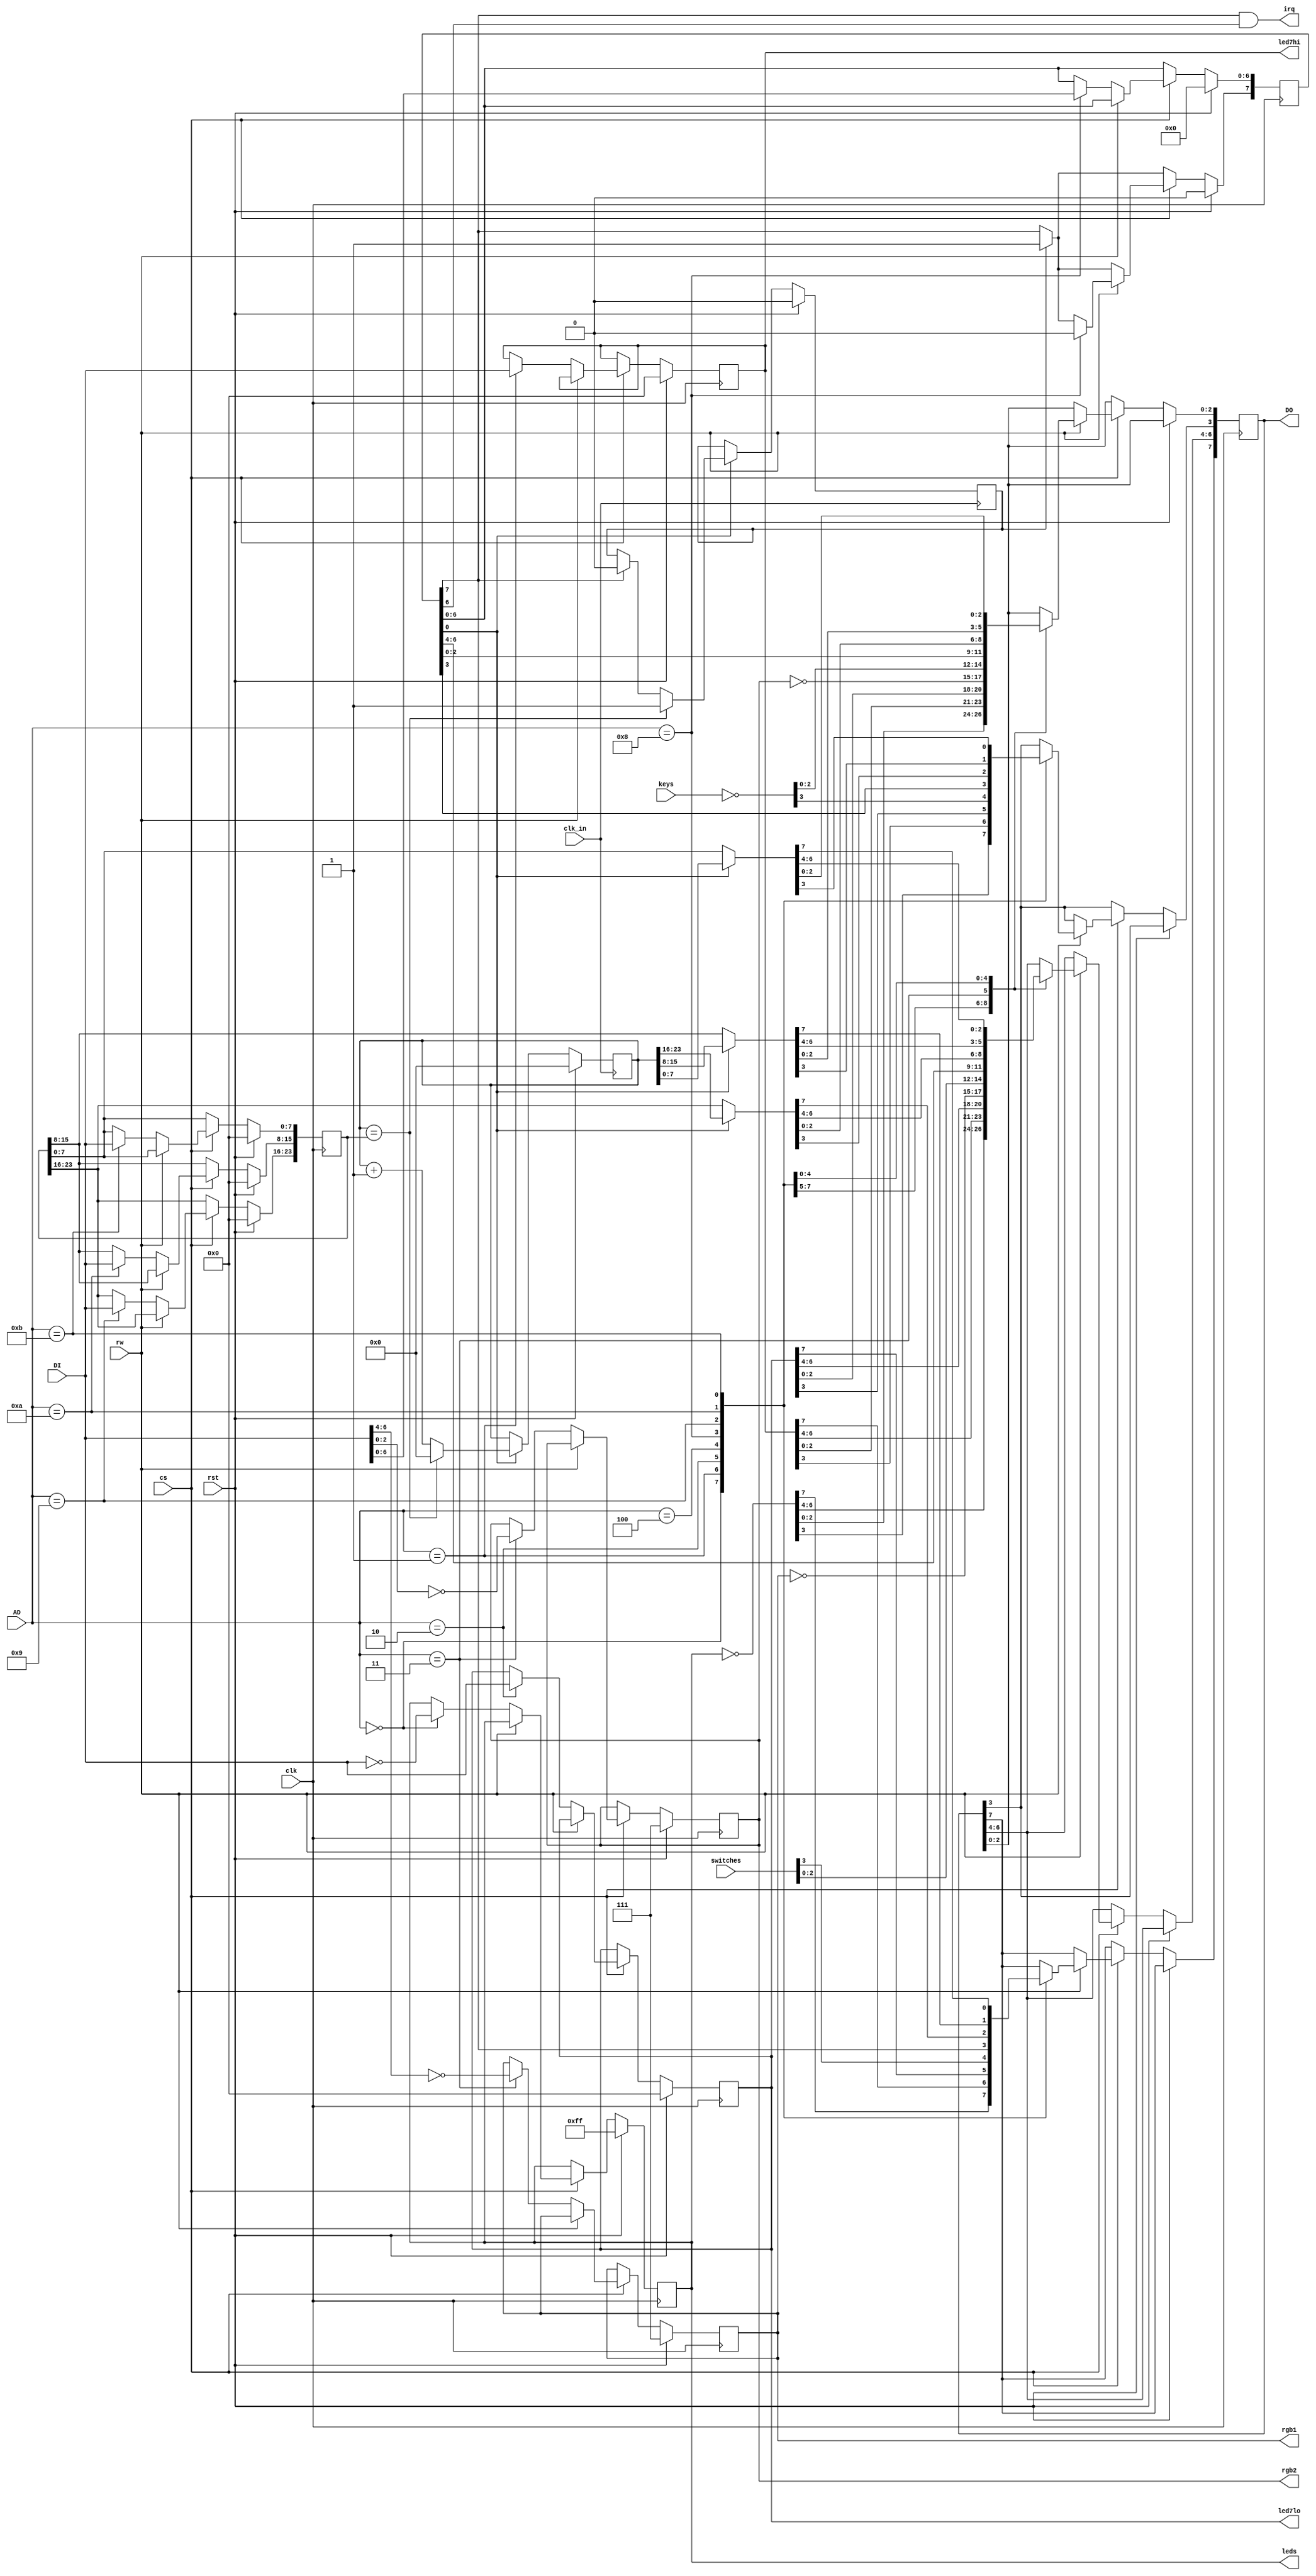
module simpleio (
	input wire clk,
	input wire rst,
	input wire [3:0] AD,
	input wire [7:0] DI,
	output reg [7:0] DO,
	input wire rw,
	input wire cs,
	output wire irq,
	
	input wire clk_in,
	
	// physical connections
	output reg [7:0] leds,
	output reg [7:0] led7hi,
	output reg [7:0] led7lo,
	output reg [2:0] rgb1,
	output reg [2:0] rgb2,
	input wire  [3:0] switches,
	input wire  [3:0] keys
);
	reg [23:0] timer_cnt;
	reg [23:0] timer_prescaler;
	reg [7:0] timer_mode;
	reg timer_eq_flag;
	
	assign irq = timer_mode[7] & timer_mode[6];
	
	always @ (posedge clk_in) begin
		if (rst) begin
			timer_cnt <= 0;
			timer_eq_flag <= 0;
		end else begin
			if (timer_mode[0]) begin
				if (timer_cnt == timer_prescaler) begin
					timer_eq_flag <= 1;
					timer_cnt <= 0;
				end else begin
					timer_cnt <= timer_cnt + 1'b1;
					if (timer_mode[7]) timer_eq_flag <= 0;
				end
			end
		end
	end
	
	always @ (posedge clk) begin
		if (rst) begin
			leds <= 8'b11111111;
			rgb1 <= 8'b111;
			rgb2 <= 8'b111;
			led7hi <= 0;
			led7lo <= 0;
			timer_mode <= 0;
			timer_prescaler <= 0;
		end else begin
			if (timer_eq_flag) timer_mode[7] <= 1;

			if (cs) begin
				if (rw) begin
					case (AD[3:0])
					4'b0000: DO <= ~leds;
					4'b0001: DO <= led7hi;
					4'b0010: DO <= led7lo;
					4'b0011: begin
						DO[6:4] <= ~rgb1;
						DO[2:0] <= ~rgb2;
						end
					4'b0100: DO <= {switches, ~keys};
					4'b1000: begin
						DO <= timer_mode;
						timer_mode[7] <= 0;
						end
					4'b1001: DO <= timer_mode[0]?timer_cnt[23:16]:timer_prescaler[23:16];
					4'b1010: DO <= timer_mode[0]?timer_cnt[15:8]:timer_prescaler[15:8];
					4'b1011: DO <= timer_mode[0]?timer_cnt[7:0]:timer_prescaler[7:0];
					endcase
				end else begin
					case (AD[3:0])
					4'b0000: leds <= ~DI;
					4'b0001: led7hi <= DI;
					4'b0010: led7lo <= DI;
					4'b0011: begin
						rgb1 <= ~DI[6:4];
						rgb2 <= ~DI[2:0];
						end
					4'b1000: timer_mode[6:0] <= DI[6:0];
					4'b1001: timer_prescaler[23:16] <= DI;
					4'b1010: timer_prescaler[15:8] <= DI;
					4'b1011: timer_prescaler[7:0] <= DI;
					endcase
				end
			end
		end
	end
endmodule